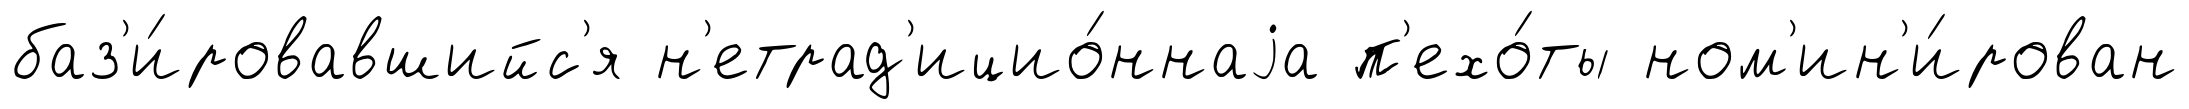
баз'и́ровавшийс'я н'етрад'ицио́ннаjа п'ехо́ты ном'ин'и́рован